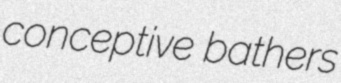
conceptive bathers